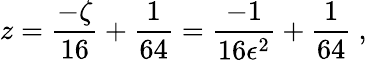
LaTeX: z=\frac{-\zeta}{16}+\frac{1}{64}=\frac{-1}{16\epsilon^{2}}+\frac{1}{64}\ ,